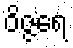
ဝိဇ္ဇရေ